Annual report of lunatic asylums [Bombay] - 1912-1922
Year: 1912
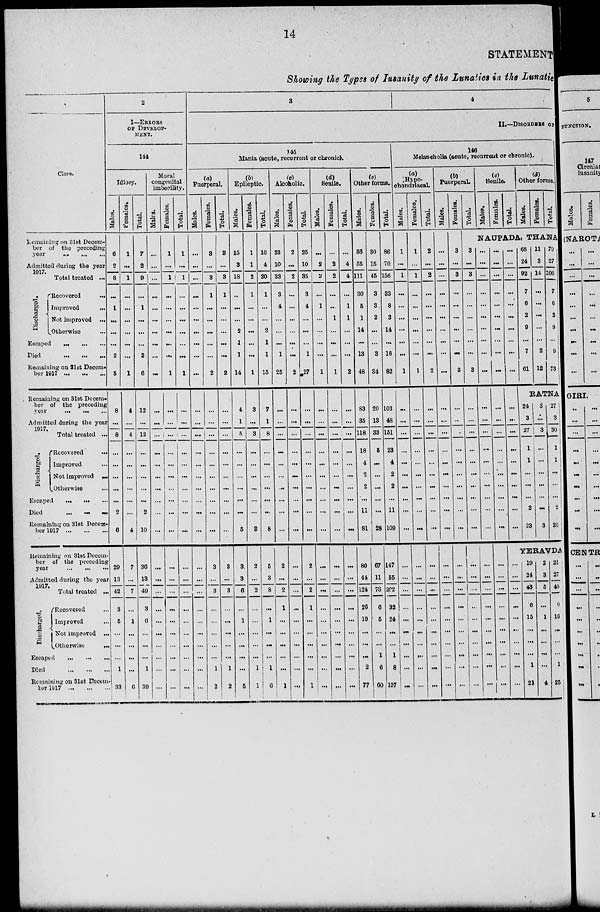
14
STATEMENT
Showing the Types of Insanity of the Lunatics in the Lunatic
Class.
Remaining on 31st Decem-
ber of the preceding
year ... ... ...
Admitted during the year
1917.
Total treated ...
Discharged.
Recovered
...
Improved ...
Not improved ...
Otherwise ...
Escaped ... ... ...
Died ... ... ...
Remaining on 31st Decem¬
ber 1917
...
...
...
Remaining on 31st Decem-
ber of the preceding
year ... ... ...
Admitted during the year
1917.
Total treated ...
Discharged.
Recovered
...
Improved ...
Not improved ...
Otherwise ...
Escaped
...
...
...
Died
...
...
...
Remaining on 31st Decem-
ber 1917
...
...
...
Remaining on 31st Decem-
ber of the preceding
year ... ... ...
Admitted during the year
1917.
Total treated ...
Discharged.
Recovered ...
Improved ...
Not improved ...
Otherwise
...
Escaped
...
...
...
Died
...
...
...
Remaining on 31st Decem¬
ber 1917 ...
...
...
2
I—ERRORS
OF DEVELOP-
-----
144
Idiocy.
Males.
6
2
8
...
1
...
...
...
2
5
8
...
8
...
...
...
...
...
2
6
29
13
42
3
5
...
...
...
1
33
Females.
1
...
1
...
...
...
...
...
...
1
4
...
4
...
...
...
...
...
...
4
7
...
7
...
1
...
...
...
...
6
Total.
7
2
9
...
1
...
...
...
2
6
12
...
12
...
...
...
...
...
2
10
36
13
49
3
6
...
...
...
1
39
Moral
congenital
imbecility.
Males.
...
...
...
...
...
...
...
...
...
...
...
...
...
...
...
...
...
...
...
...
...
...
...
...
...
...
...
...
...
...
Females.
1
...
1
...
...
...
...
...
...
1
...
...
...
...
...
...
...
...
...
...
...
...
...
...
...
...
...
...
...
...
Total.
1
...
1
...
...
...
...
...
...
1
...
...
...
...
...
...
...
...
...
...
...
...
...
...
...
...
...
...
...
3
4
II.—DISORDERS OF
145
Mania (acute, recurrent or chronic).
(a)
Puerperal.
Males.
...
...
...
...
...
...
...
...
...
...
...
...
...
...
...
...
...
...
...
...
...
...
...
...
...
...
...
...
...
...
Females.
3
...
3
1
...
...
...
...
...
2
...
...
...
...
...
...
...
...
...
3
...
3
...
...
...
...
...
1
2
Total.
3
...
3
1
...
...
...
...
...
2
...
...
...
...
...
...
...
...
...
...
3
...
3
...
...
...
...
...
1
2
(b)
Epileptic.
Males.
15
3
18
...
...
...
2
1
1
14
4
1
5
...
...
...
...
...
...
5
3
3
6
...
1
...
...
...
...
5
Females.
1
1
2
1
...
...
...
...
...
1
3
...
3
...
...
...
...
...
...
3
2
...
2
...
...
...
...
...
1
1
Total.
16
4
20
1
...
...
2
1
1
15
7
1
8
...
...
...
...
...
...
8
5
3
8
...
1
...
...
...
1
6
(c)
Alcoholic.
Males.
23
10
33
3
4
...
...
...
1
25
...
...
...
...
...
...
...
...
...
2
...
2
1
...
...
...
...
...
1
Females.
2
...
2
...
...
...
...
...
...
2
...
...
...
...
...
...
...
...
...
...
...
...
...
...
...
...
...
...
...
...
Total.
25
10
35
3
4
...
...
...
1
27
...
...
...
...
...
...
...
...
...
...
2
...
2
1
...
...
...
...
...
1
(d)
Senile.
Males.
...
2
2
...
1
...
...
...
...
1
...
...
...
...
...
...
...
...
...
...
...
...
...
...
...
...
...
...
...
...
Females.
...
2
2
...
...
1
...
...
...
1
...
...
...
...
...
...
...
...
...
...
...
...
...
...
...
...
...
...
...
...
Total.
...
4
4
...
1
1
...
...
...
2
...
...
...
...
...
...
...
...
...
...
...
...
...
...
...
...
...
...
...
...
(e)
Other forms.
Males.
56
55
111
30
5
1
14
...
13
48
83
35
118
18
4
2
2
...
11
81
80
44
124
26
19
...
...
...
2
77
Females.
30
15
45
3
3
2
...
...
3
34
20
13
33
5
...
...
...
...
...
28
67
11
78
6
5
...
...
1
6
60
Total.
86
70
156
33
8
3
14
...
16
82
103
48
151
23
4
2
2
...
11
109
147
55
202
32
24
...
...
1
8
137
146
Melancholia (acute, recurrent or chronic).
(a)
Hypo¬
chondriacal.
Males.
1
...
1
...
...
...
...
...
...
1
...
...
...
...
...
...
...
...
...
...
...
...
...
...
...
...
...
...
...
...
Females.
1
...
1
...
...
...
...
...
...
1
...
...
...
...
...
...
...
...
...
...
...
...
...
...
...
...
...
...
...
...
Total.
2
...
2
...
...
...
...
...
...
2
...
...
...
...
...
...
...
...
...
...
...
...
...
...
...
...
...
...
...
...
(b)
Puerperal.
Males.
...
...
...
...
...
...
...
...
...
...
...
...
...
...
...
...
...
...
...
...
...
...
...
...
...
...
...
...
...
...
Females.
3
...
3
...
...
...
...
...
...
3
...
...
...
...
...
...
...
...
...
...
...
...
...
...
...
...
...
...
...
...
Total.
(c)
Senile.
Males.
Females.
Total.
(d)
Other forms.
Males.
Females.
Total.
NAUPADA, THANA
3
...
3
...
...
...
...
...
...
3
...
...
...
...
...
...
...
...
...
...
...
...
...
...
...
...
...
...
...
...
...
...
...
...
...
...
...
...
...
...
...
...
...
...
...
...
...
...
...
...
...
...
...
...
...
...
...
...
...
...
...
...
...
...
...
...
...
...
...
...
...
...
...
...
...
...
...
...
...
...
...
...
...
...
...
...
...
...
...
...
...
...
...
...
...
...
...
...
...
...
...
...
...
...
...
...
...
...
...
...
68
24
92
7
6
2
9
...
7
61
11
3
14
...
...
...
...
...
2
12
79
27
106
7
6
2
9
...
9
73
RATNA
24
3
27
1
1
...
...
...
2
23
3
...
3
...
...
...
...
...
...
3
27
3
30
1
1
...
...
...
2
26
YERAVDA
...
...
...
...
...
...
...
...
...
...
19
24
43
6
15
...
...
...
1
21
2
3
5
...
1
...
...
...
...
4
21
27
48
6
16
...
...
...
1
25